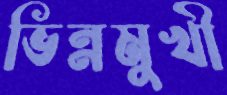
ভিন্নমুখী